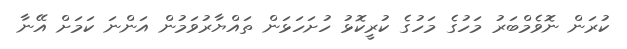
ކުރަން ނޮވެމްބަރު މަހުގެ މަހުގެ ކުރީކޮޅު ހުށަހަޅަން ތައްޔާރުވަމުން އަންނަ ކަމަށް އޭނާ